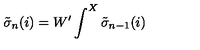
{ \tilde { \sigma } } _ { n } ( i ) = W ^ { \prime } \int ^ { X } { \tilde { \sigma } } _ { n - 1 } ( i )